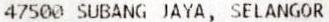
47500 SUBANG JAYA, SELANGOR